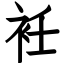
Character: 衽